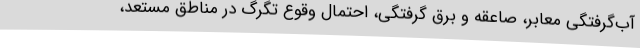
آب‌گرفتگی معابر، صاعقه و برق گرفتگی، احتمال وقوع تگرگ در مناطق مستعد،